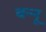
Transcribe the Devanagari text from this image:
बन्‍नू